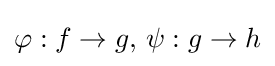
\varphi :f\to g,\,\psi :g\to h